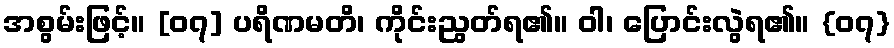
အစွမ်းဖြင့်။ [၀၇] ပရိဏမတိ၊ ကိုင်းညွတ်ရ၏။ ဝါ၊ ပြောင်းလွဲရ၏။ {၀၇}